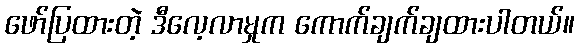
ဖော်ပြထားတဲ့ ဒီလေ့လာမှုက ကောက်ချက်ချထားပါတယ်။